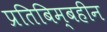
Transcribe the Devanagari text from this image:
प्रतिबिम्बहीन